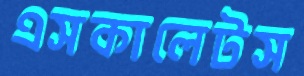
এসকালেটস